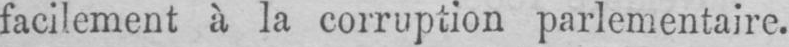
facilement à la corruption parlementaire.